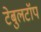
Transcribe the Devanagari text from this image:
टेबुलटॉप